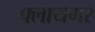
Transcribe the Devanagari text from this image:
फ्लायगर